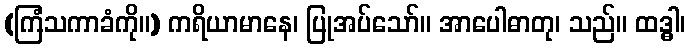
(ကြံသကာခံကို။) ကရိယာမာနေ၊ ပြုအပ်သော်။ အာပေါဓာတု၊ သည်။ ထဒ္ဓါ၊